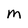
Character: M